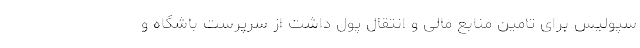
سپولیس برای تامین منابع مالی و انتقال پول داشت از سرپرست باشگاه و